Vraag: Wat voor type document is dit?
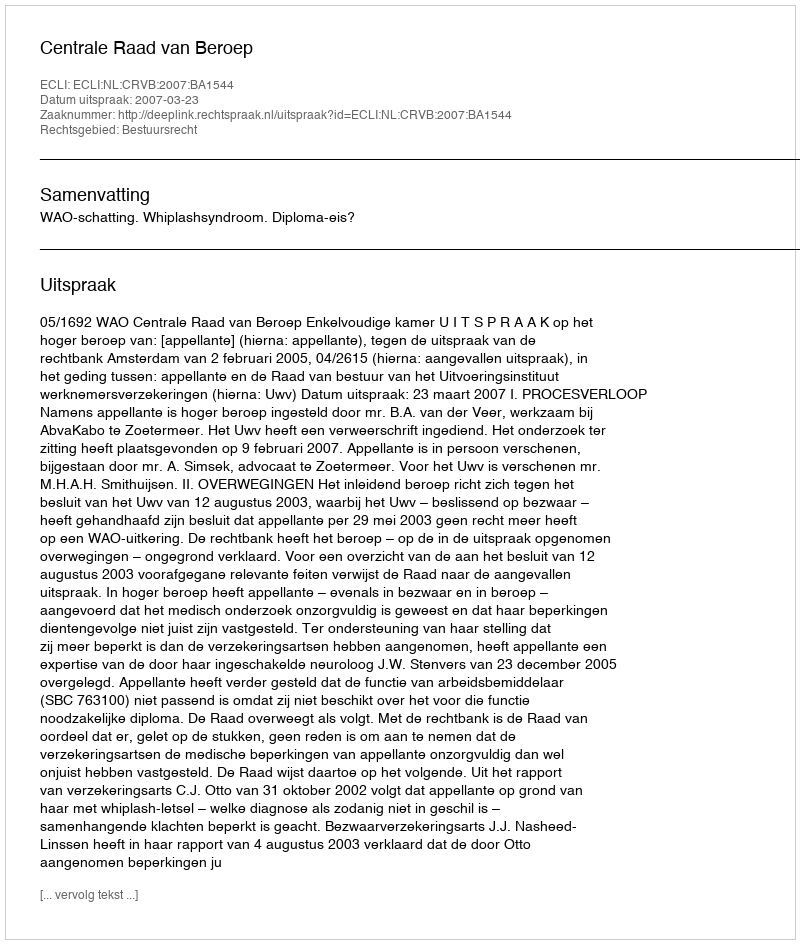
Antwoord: Uitspraak